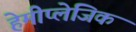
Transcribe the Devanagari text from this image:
हेमीप्लेजिक